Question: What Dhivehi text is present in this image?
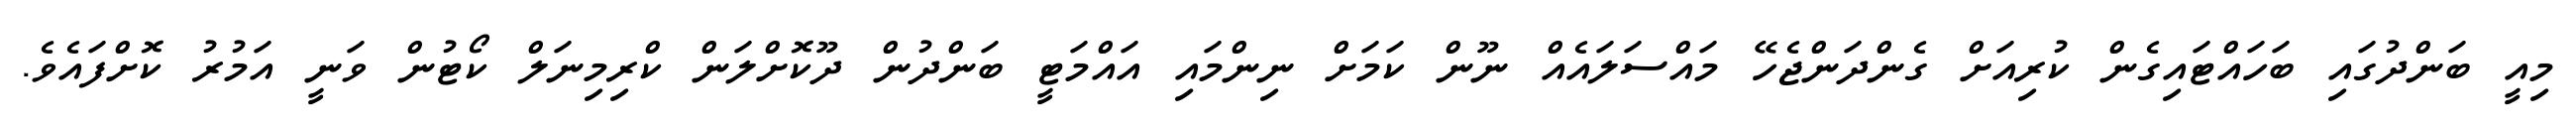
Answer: މިއީ ބަންދުގައި ބަހައްޓައިގެން ކުރިއަށް ގެންދަންޖެހޭ މައްސަލައެއް ނޫން ކަމަށް ނިންމައި އައްމަޓީ ބަންދުން ދޫކޮށްލަން ކްރިމިނަލް ކޯޓުން ވަނީ އަމުރު ކޮށްފައެވެ.